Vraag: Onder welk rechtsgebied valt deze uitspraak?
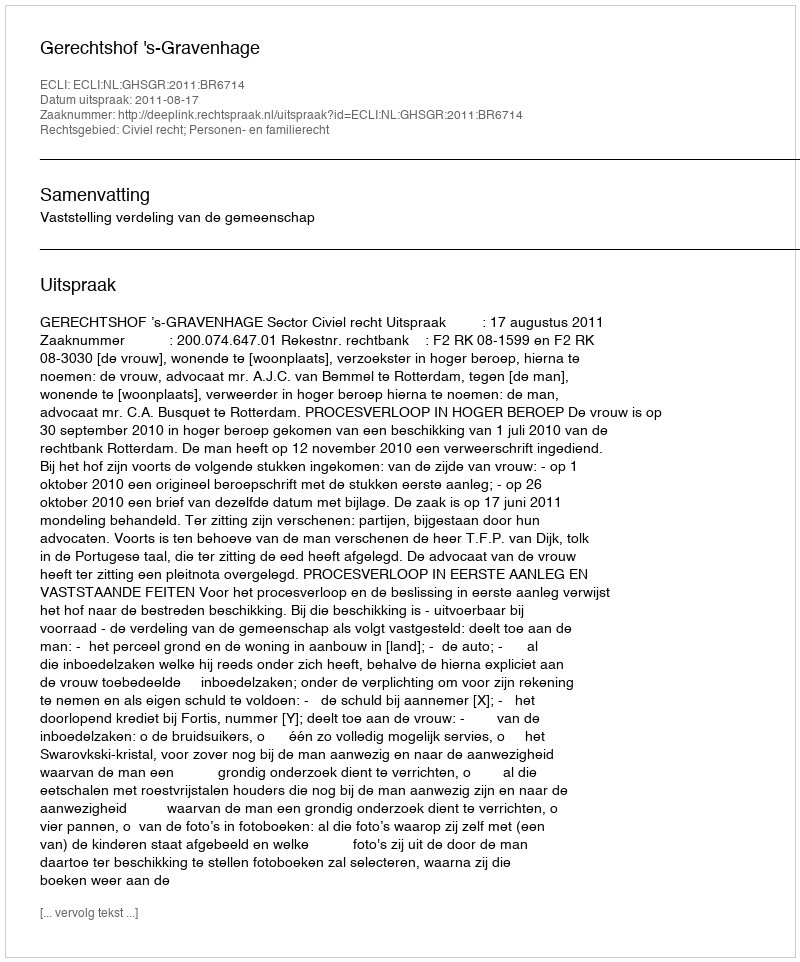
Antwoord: Civiel recht; Personen- en familierecht